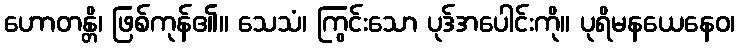
ဟောတန္တိ၊ ဖြစ်ကုန်၏။ သေသံ၊ ကြွင်းသော ပုဒ်အပေါင်းကို။ ပုရိမနယေနေဝ၊